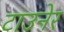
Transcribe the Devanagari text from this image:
टाउनेर